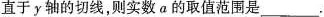
直于y轴的切线，则实数a的取值范围是_________.